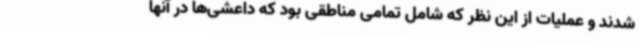
شدند و عملیات از این نظر که شامل تمامی مناطقی بود که داعشی‌ها در آنها